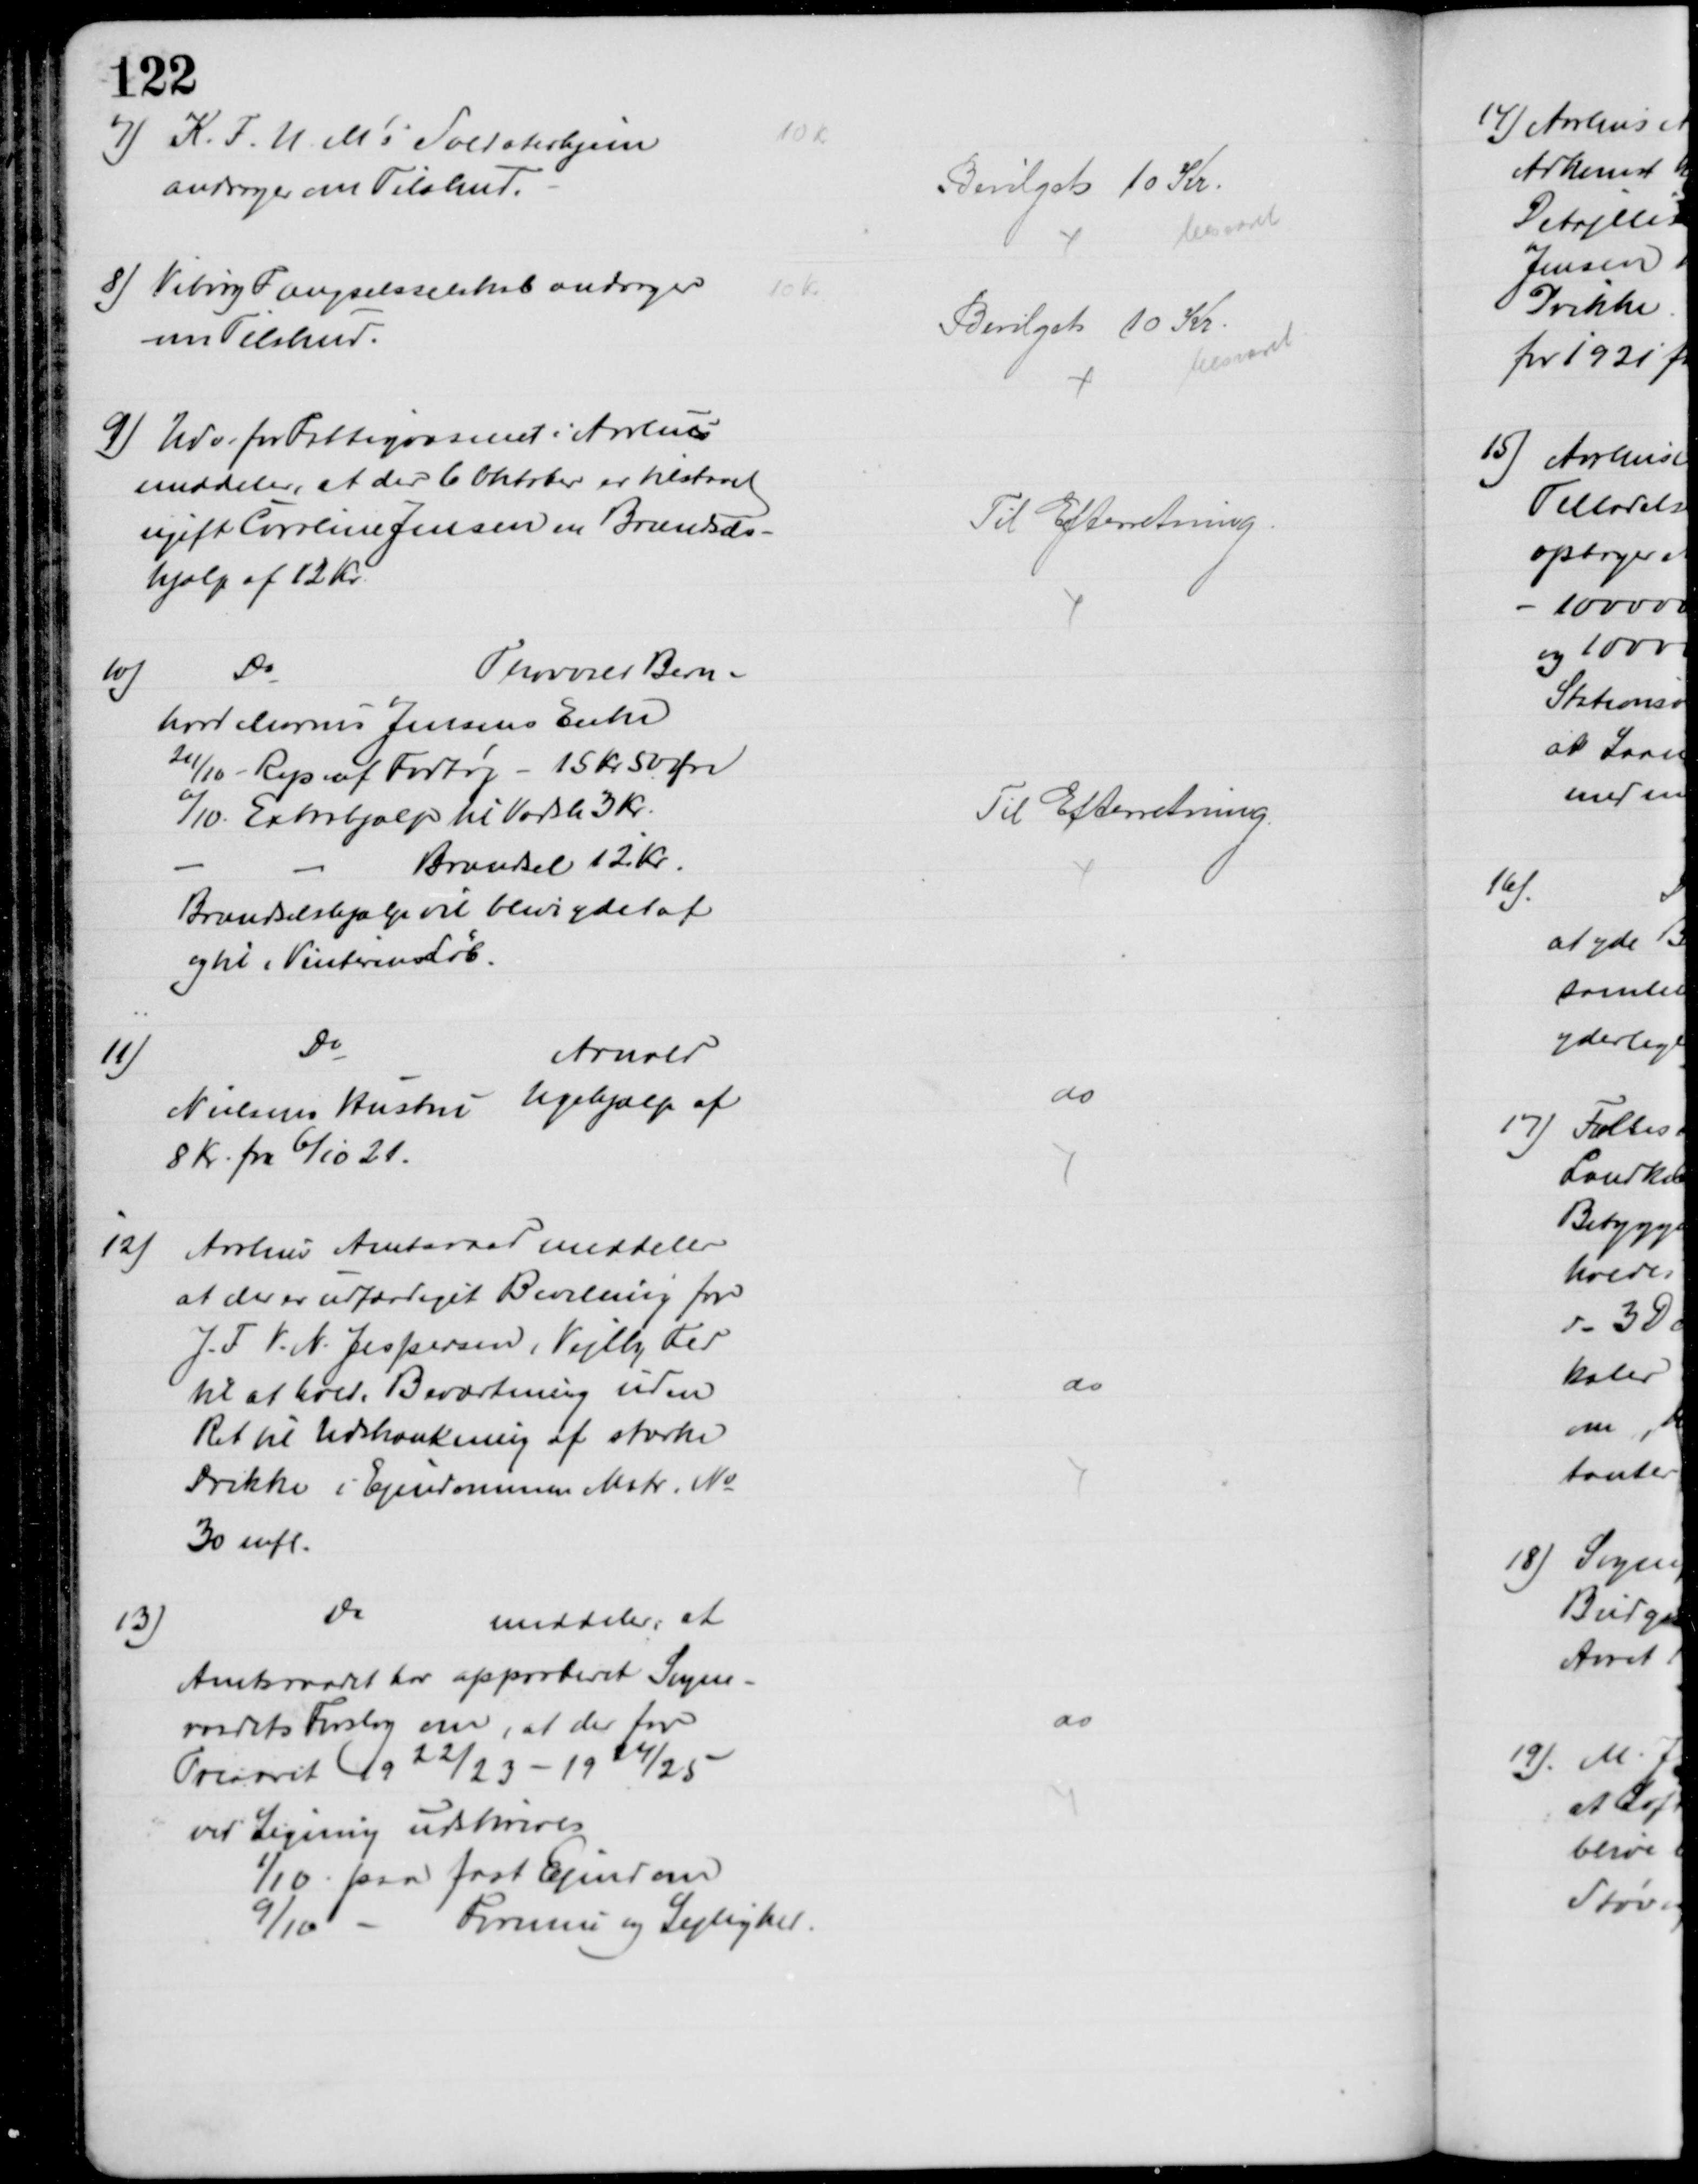
Transskription:
7) K.F.U.M's Soldaterhjem
andrager om Tilskud.
10 Kr
Bevilget 10 Kr.
besvaret
8) Viborg Fængselsselskab andrager
om Tilskud.
10 Kr
Bevilget 10 Kr.
besvaret
9) Udv. for Fattigvæsenet i Aarhus
meddeler, at der 6 Oktober er tilstaaet
ugift Caroline Jensen en Brændsels-
hjælp af 12 Kr.
Til Efterretning
10)
Do
Thorvald Bern-
hard Marius Jensens Enke
21/10 - Rep af Fodtøj - 15 Kr 50 Øre
6/10. Extrahjælp til Vadsk 3 Kr.
Brændsel 12 Kr.
Brændselshjælp vil blive ydet af
og til Vinterens Løb.
Til Efterretning
11)
Do
Arnold
Nielsens Hustru Ugehjælp af
8 Kr. fra 6/10 21.
do
12)
Aarhus Amtsraad meddeler
at der er udfærdiget Bevilling for
J. F. V. N. Jespersen, Vejlby Fed
til at holde Beværtning uden
Ret til Udskænkning af stærke
Drikke i Ejendommen Matr. №
30 mfl.
do
13)
Do
meddeler, at
Amtsraadet har approberet Sogne-
raadets Forslag om, at der for
Treaaret 1922/23 - 1924/25
ved Ligning udskrives
1/10 paa fast Ejendom
9/10 - Formue og Lejlighed.
do